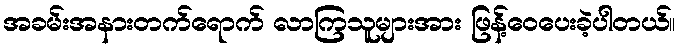
အခမ်းအနားတက်ရောက် လာကြသူများအား ဖြန့်ဝေပေးခဲ့ပါတယ်။